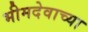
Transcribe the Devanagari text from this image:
भीमदेवाच्या